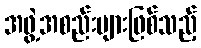
အဖွဲ့အစည်းများဖြစ်သည့်